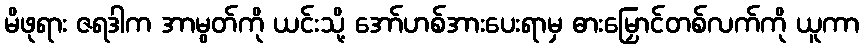
မိဖုရား ဇရဒါက အာမွတ်ကို ယင်းသို့ အော်ဟစ်အားပေးရာမှ ဓားမြှောင်တစ်လက်ကို ယူကာ